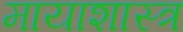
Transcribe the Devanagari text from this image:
मायाशास्त्र